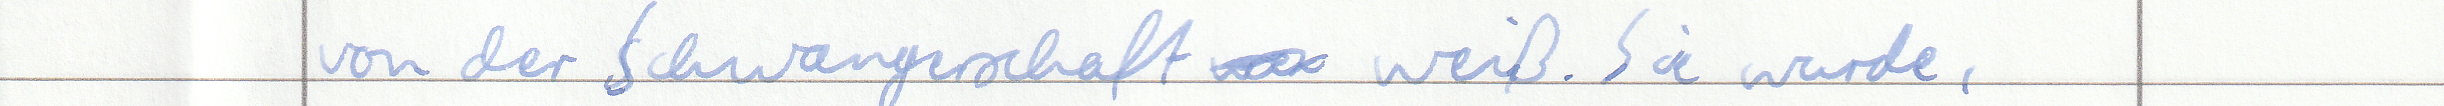
von der Schwangerschaft weiß. Sie wurde,